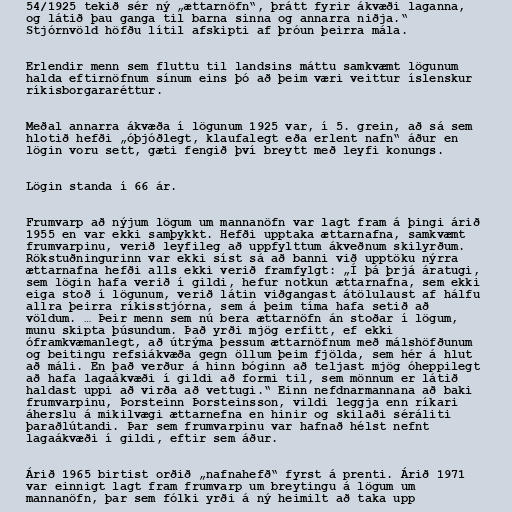
54/1925 tekið sér ný „ættarnöfn“, þrátt fyrir ákvæði laganna,
og látið þau ganga til barna sinna og annarra niðja.“
Stjórnvöld höfðu lítil afskipti af þróun þeirra mála.

Erlendir menn sem fluttu til landsins máttu samkvæmt lögunum
halda eftirnöfnum sínum eins þó að þeim væri veittur íslenskur
ríkisborgararéttur.

Meðal annarra ákvæða í lögunum 1925 var, í 5. grein, að sá sem
hlotið hefði „óþjóðlegt, klaufalegt eða erlent nafn“ áður en
lögin voru sett, gæti fengið því breytt með leyfi konungs.

Lögin standa í 66 ár.

Frumvarp að nýjum lögum um mannanöfn var lagt fram á þingi árið
1955 en var ekki samþykkt. Hefði upptaka ættarnafna, samkvæmt
frumvarpinu, verið leyfileg að uppfylttum ákveðnum skilyrðum.
Rökstuðningurinn var ekki síst sá að banni við upptöku nýrra
ættarnafna hefði alls ekki verið framfylgt: „Í þá þrjá áratugi,
sem lögin hafa verið í gildi, hefur notkun ættarnafna, sem ekki
eiga stoð í lögunum, verið látin viðgangast átölulaust af hálfu
allra þeirra ríkisstjórna, sem á þeim tíma hafa setið að
völdum. … Þeir menn sem nú bera ættarnöfn án stoðar í lögum,
munu skipta þúsundum. Það yrði mjög erfitt, ef ekki
óframkvæmanlegt, að útrýma þessum ættarnöfnum með málshöfðunum
og beitingu refsiákvæða gegn öllum þeim fjölda, sem hér á hlut
að máli. En það verður á hinn bóginn að teljast mjög óheppilegt
að hafa lagaákvæði í gildi að formi til, sem mönnum er látið
haldast uppi að virða að vettugi.“ Einn nefdnarmannana að baki
frumvarpinu, Þorsteinn Þorsteinsson, vildi leggja enn ríkari
áherslu á mikilvægi ættarnefna en hinir og skilaði séráliti
þaraðlútandi. Þar sem frumvarpinu var hafnað hélst nefnt
lagaákvæði í gildi, eftir sem áður.

Árið 1965 birtist orðið „nafnahefð“ fyrst á prenti. Árið 1971
var einnigt lagt fram frumvarp um breytingu á lögum um
mannanöfn, þar sem fólki yrði á ný heimilt að taka upp